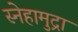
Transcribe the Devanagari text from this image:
स्नेहामुद्रा